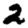
Digit: 2